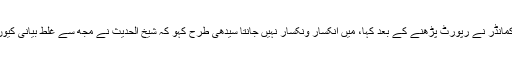
بیس کمانڈر نے رپورٹ پڑھنے کے بعد کہا، میں انکسار ونکسار نہیں جانتا سیدھی طرح کہو کہ شیخ الحدیث نے مجھ سے غلط بیانی کیوں کی۔